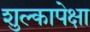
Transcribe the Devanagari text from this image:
शुल्कापेक्षा